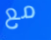
مع